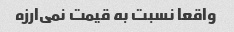
واقعا نسبت به قیمت نمی‌ارزه